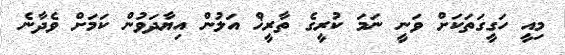
މިއީ ހަގީގަތަކަށް ވަނީ ނަމަ ކުރީގެ ތާރީޚް އަލުން އިޔާދަވުން ކަމަށް ވެދާނެ